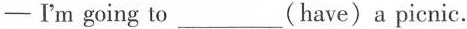
—I'm going to ___ (have)a picnic.